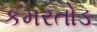
કમરતોડ